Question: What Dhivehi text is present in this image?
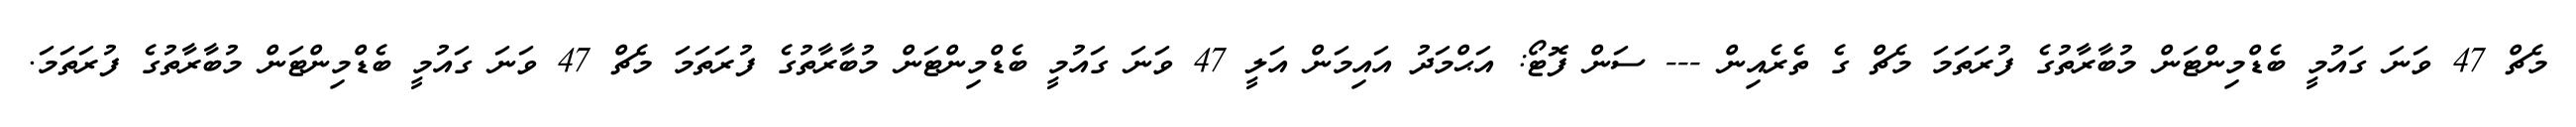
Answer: މެޗް 47 ވަނަ ގައުމީ ބެޑްމިންޓަން މުބާރާތުގެ ފުރަތަމަ މެޗް ގެ ތެރެއިން --- ސަން ފޮޓޯ: އަޙްމަދު އައިމަން އަލީ 47 ވަނަ ގައުމީ ބެޑްމިންޓަން މުބާރާތުގެ ފުރަތަމަ މެޗް 47 ވަނަ ގައުމީ ބެޑްމިންޓަން މުބާރާތުގެ ފުރަތަމަ.